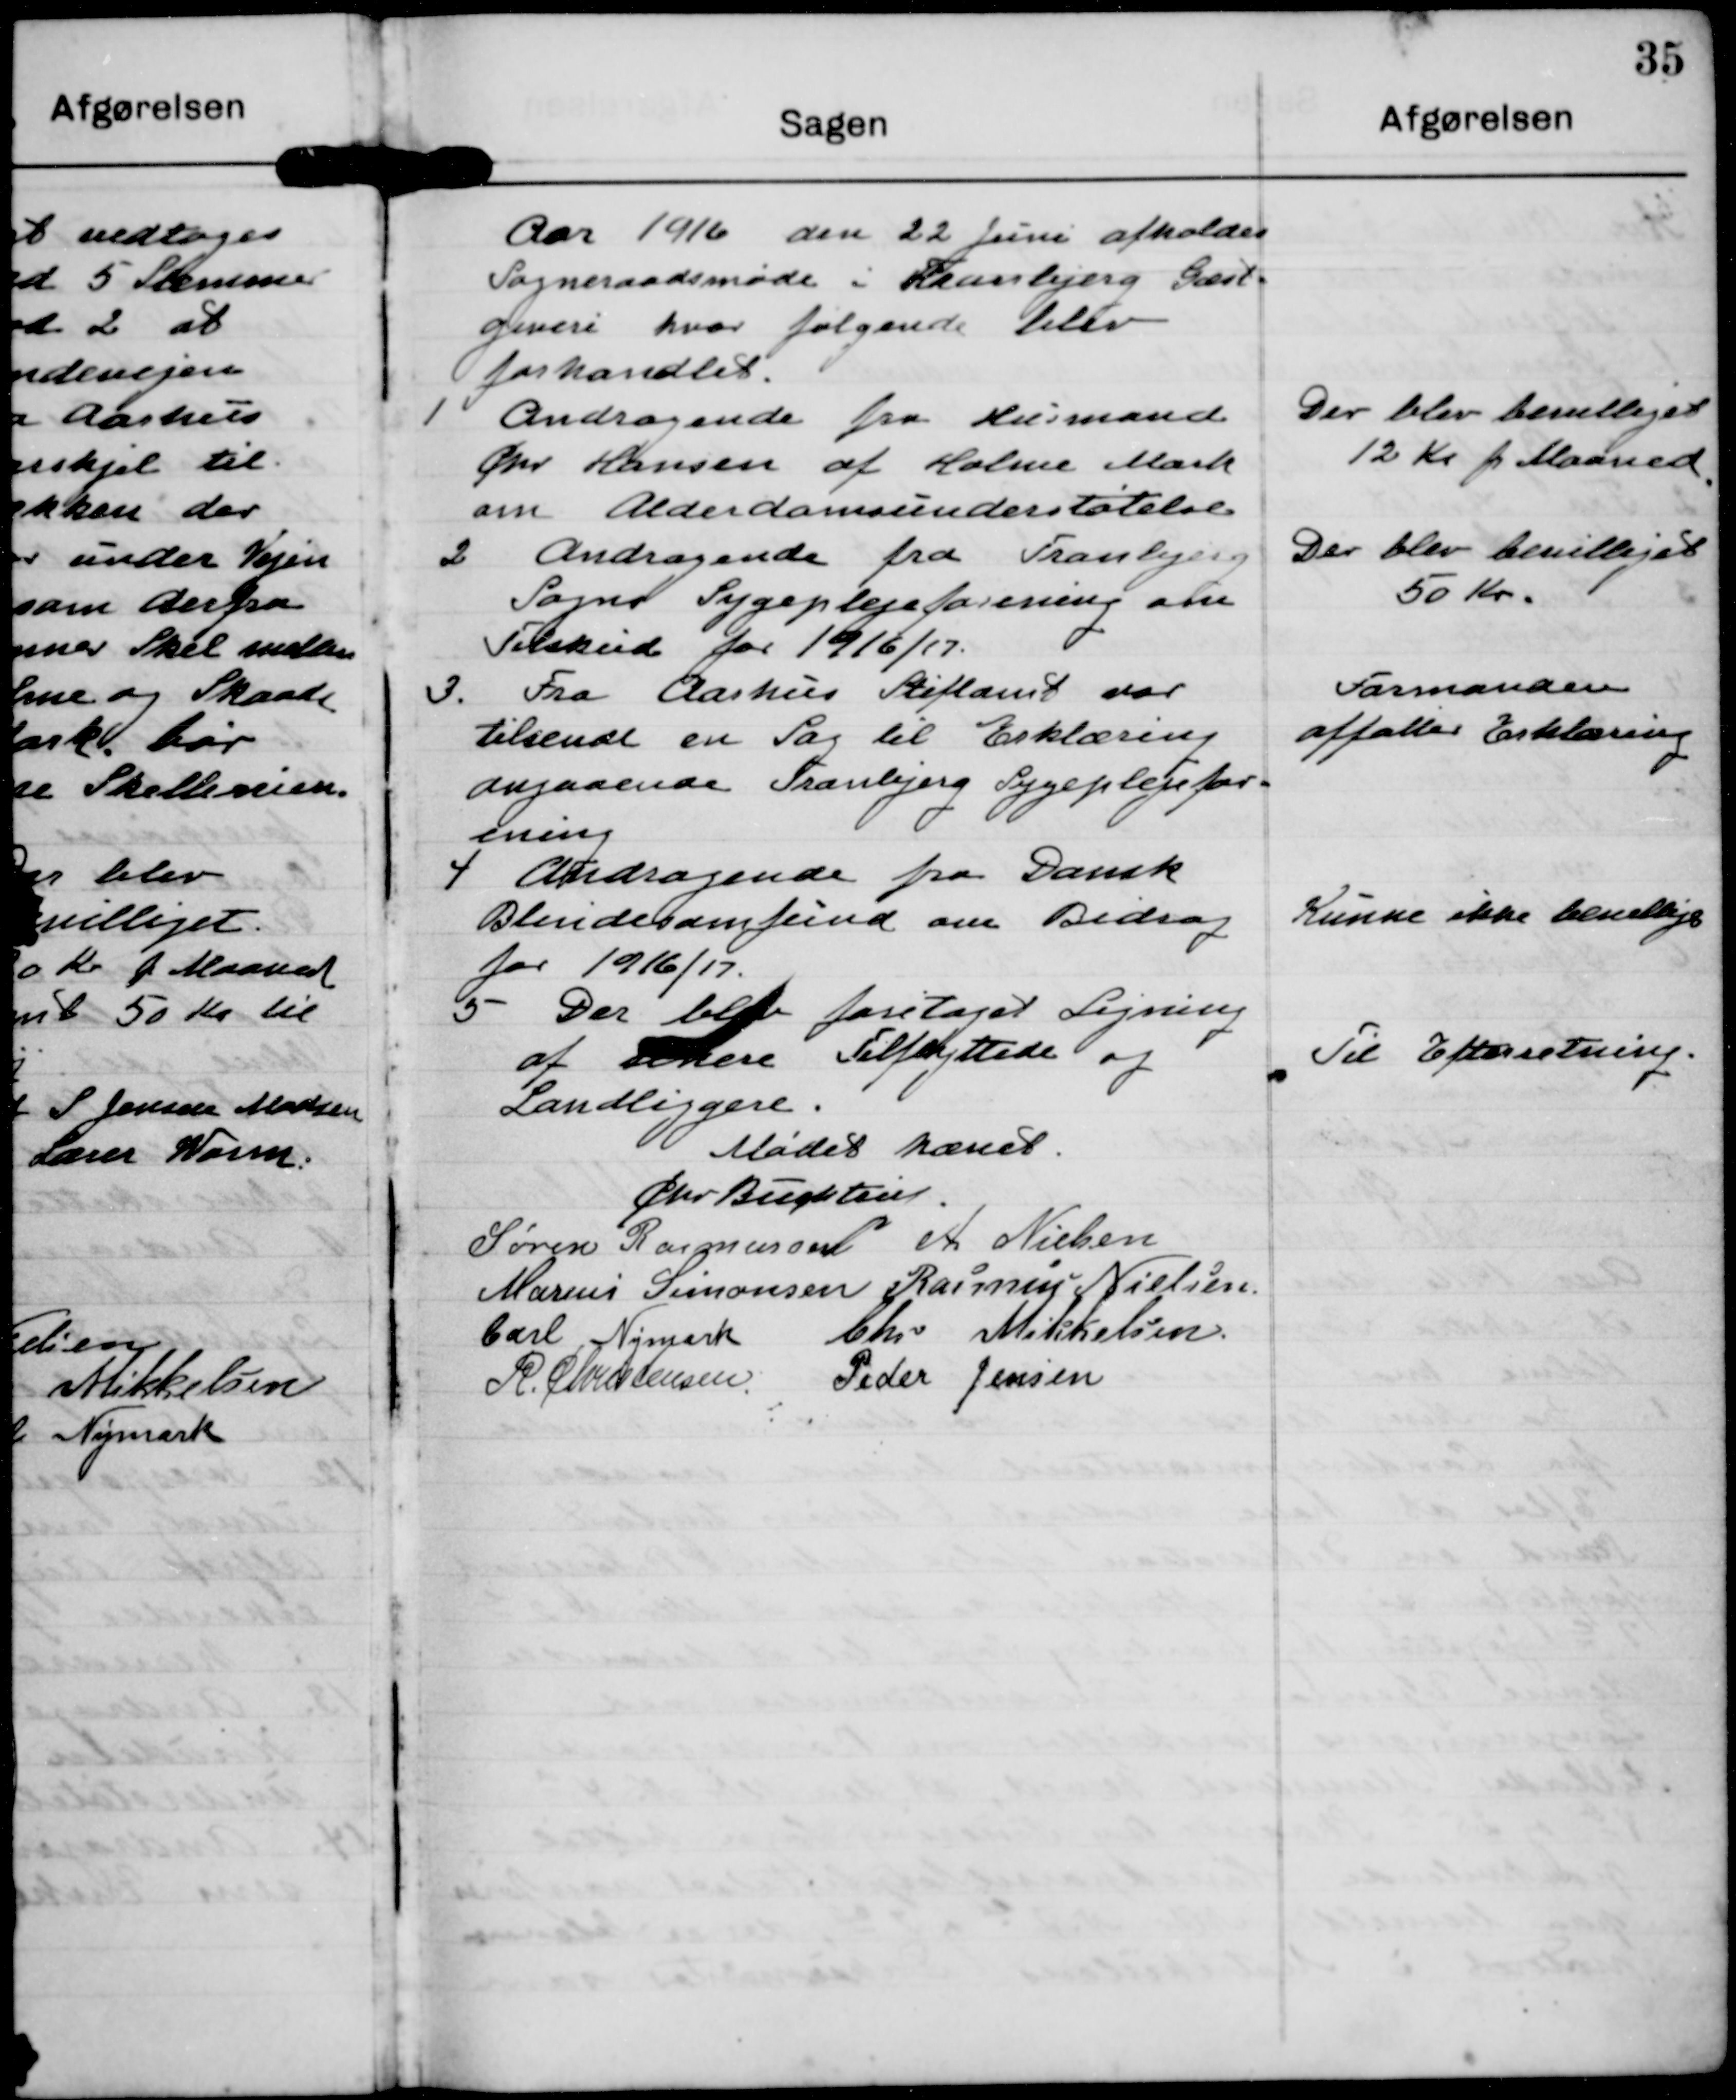
Transskription:
Aar 1916 den 22 Juni afholdes
Sogneraadsmøde i Hranbjerg Gæst-
Giveri hvor følgende Dellv
forhandlet.

1Andragende fra Husmand
Cpr Hansen af Holme Mark
om Alderdomsunderstøtelse

Der blev bevilliges
12 Kr pr Maaned

2 Andragende fra Tranlejen
Som Sygeplejeforenin om
Tilskud for 1916/17.

Der blev beitleget
50 Kr.

3. Fra Aarhus Stiftamt var
tlsenat en Sag til Erklæring
angaaende Tranbjerg Sygeplejefor-
gning

Formanden
affalles Erklæring

4 Andragende fra Dansk
Blindesamfund om Bidrag
for 1916/17.

Kunne ikke bemllige

5 Der blve foretaget Ligning
af lere Tilfllyttede og
Landliggere.

Til Efterretning.

Mødet hænet.

Chr Bugteu

Søren Rasmussen

A Nielsen

Marius Simonsen

Rasmus Nielsen

Carl Nimark

Chr Mikkelsen

R. Chrrrtensen

Peder Jensen